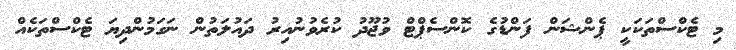
މި ޓެކްސްތަކަކީ ޕެންޝަން ފަންޑުގެ ކޮންސެޕްޓް ވުޖޫދު ކުރެވުނުއިރު ދައުލަތުން ނަގަމުންދިޔަ ޓެކްސްތަކެއް